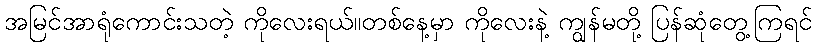
အမြင်အာရုံကောင်းသတဲ့ ကိုလေးရယ်။တစ်နေ့မှာ ကိုလေးနဲ့ ကျွန်မတို့ ပြန်ဆုံတွေ့ကြရင်